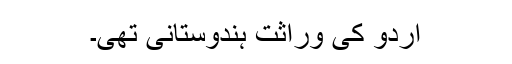
اردو کی وراثت ہندوستانی تھی۔